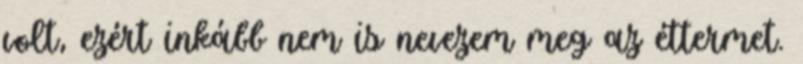
volt, ezért inkább nem is nevezem meg az éttermet.